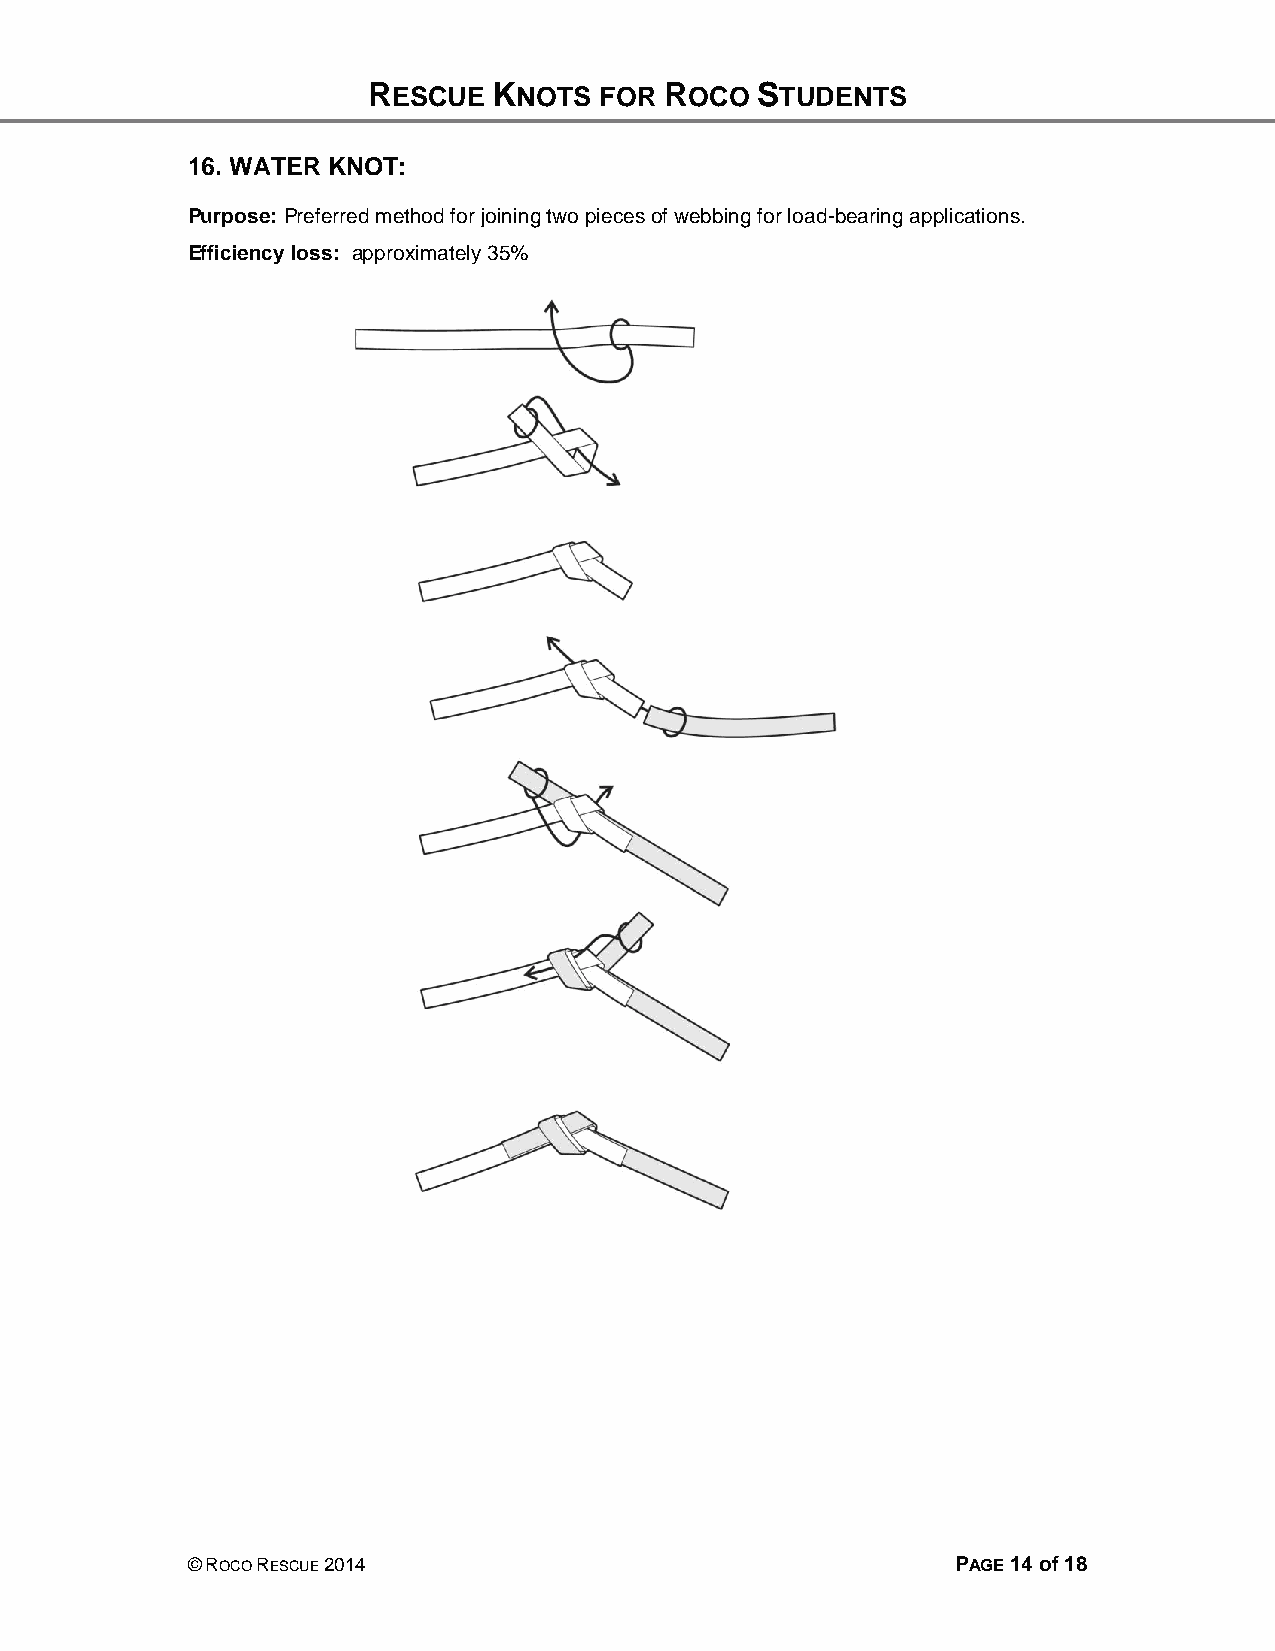
RESCUE   KNOTS  FOR ROCO  STUDENTS
 16. WATER KNOT:
 Purpose: Preferred method for joining two pieces of webbing for load-bearing applications.
 Efficiency loss: approximately 35%
 © ROCO RESCUE 2014                                 PAGE 14 of 18